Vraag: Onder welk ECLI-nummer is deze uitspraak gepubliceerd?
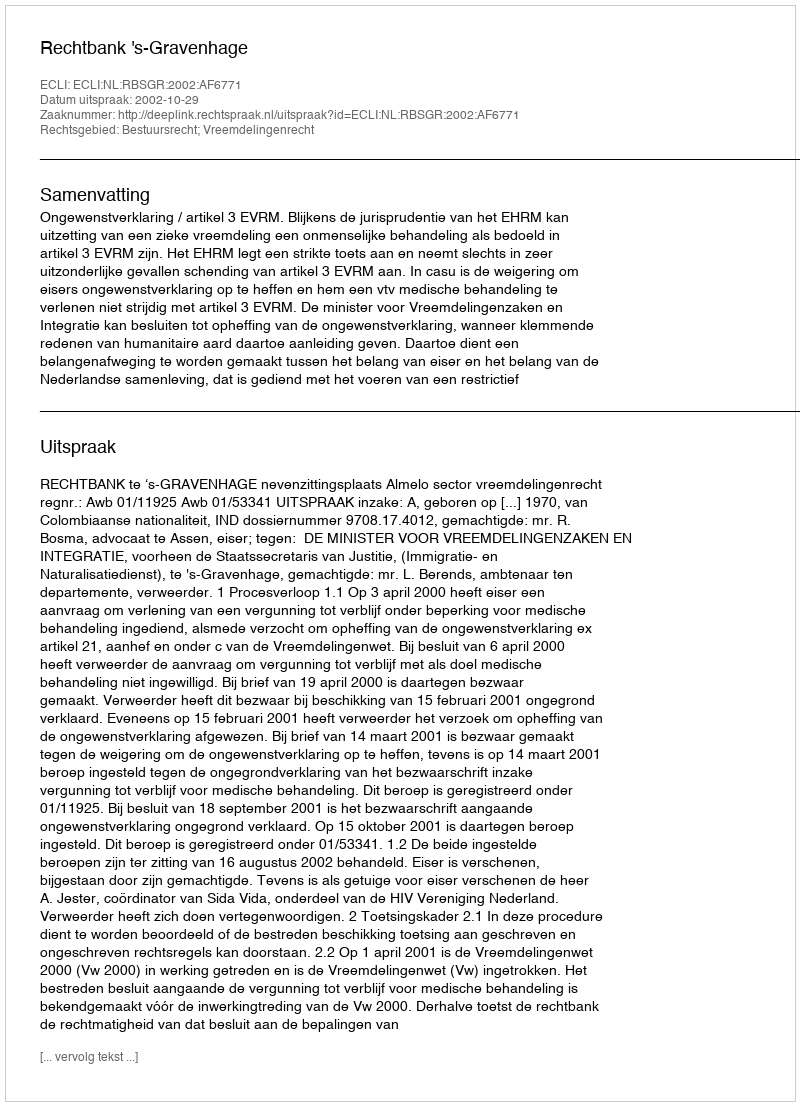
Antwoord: ECLI:NL:RBSGR:2002:AF6771